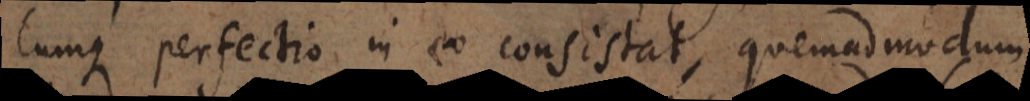
Cumque perfectio in eo consistat, quemadmodum